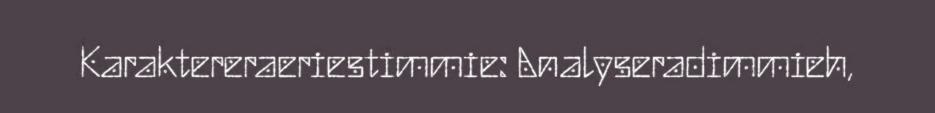
Karaktereraeriestimmie: Analyseradimmieh,